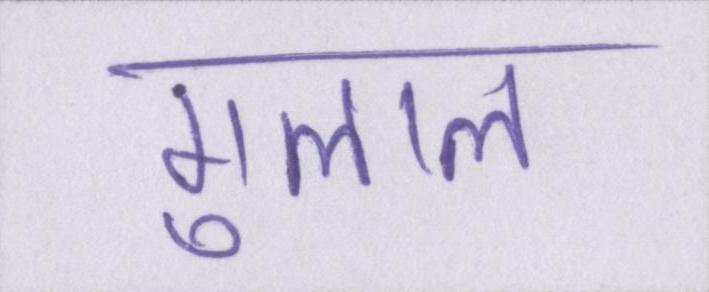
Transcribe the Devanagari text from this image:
गुलाल